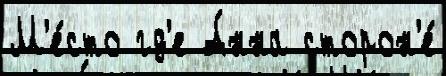
М'е́сто гд'е А́нна сторон'е́